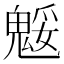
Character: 𩳕